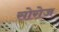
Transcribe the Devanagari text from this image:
सोरोज